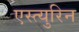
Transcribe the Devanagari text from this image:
एस्त्युरिन